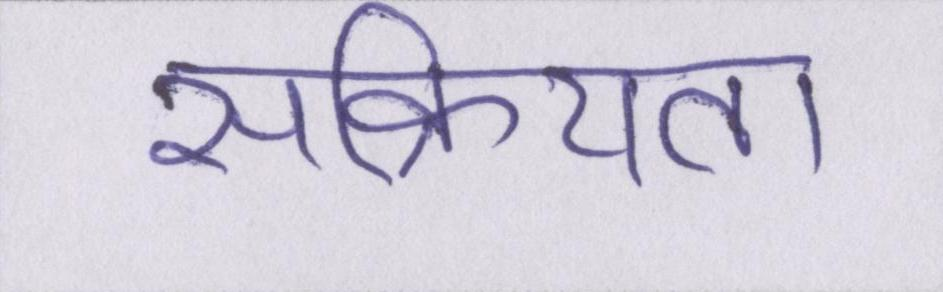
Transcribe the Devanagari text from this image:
सक्रियता